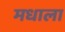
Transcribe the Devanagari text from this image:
मधाला